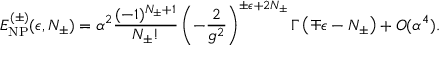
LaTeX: E _ { \mathrm { N P } } ^ { ( \pm ) } ( \epsilon , N _ { \pm } ) = \alpha ^ { 2 } \frac { ( - 1 ) ^ { N _ { \pm } + 1 } } { N _ { \pm } ! } \left( - \frac { 2 } { g ^ { 2 } } \right) ^ { \pm \epsilon + 2 N _ { \pm } } \Gamma \left( \mp \epsilon - N _ { \pm } \right) + O ( \alpha ^ { 4 } ) .